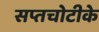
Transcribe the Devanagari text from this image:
सप्तचोटीके